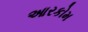
આરકોમ